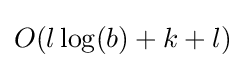
O(l\log(b)+k+l)